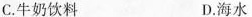
C.牛奶饮料 D.海水